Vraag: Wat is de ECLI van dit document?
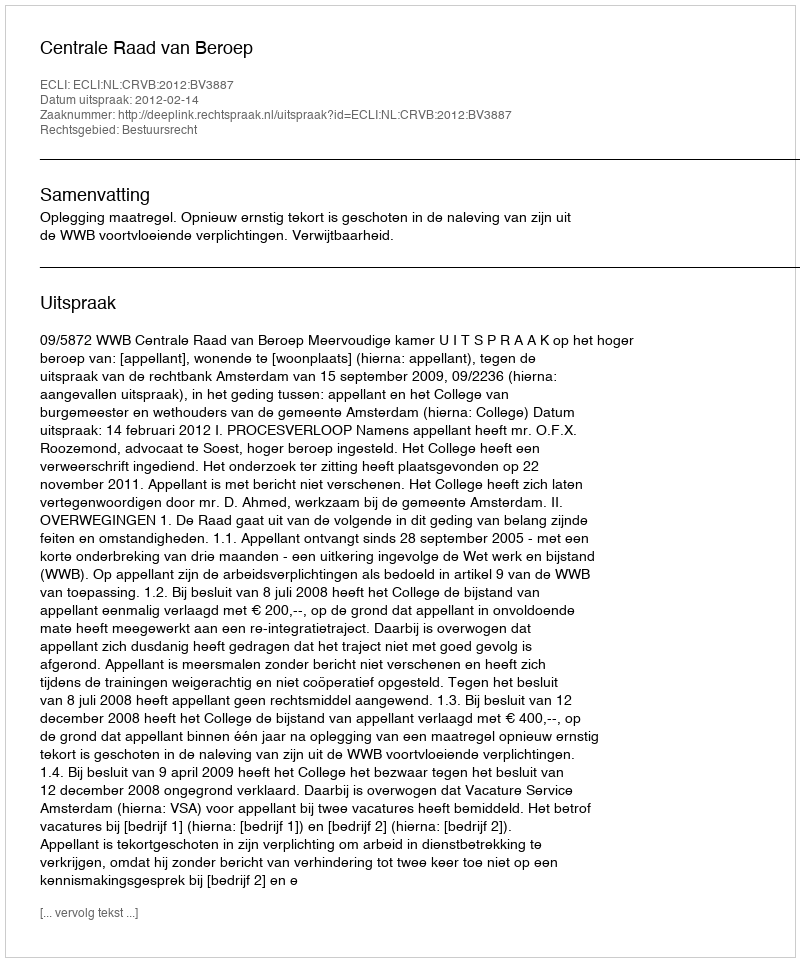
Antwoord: ECLI:NL:CRVB:2012:BV3887